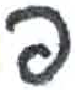
אות: פ